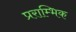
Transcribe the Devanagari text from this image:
प्रराम्भिक